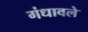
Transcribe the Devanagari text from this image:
गंधावले